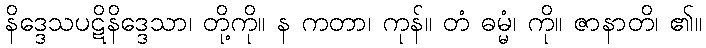
နိဒ္ဒေသပဋိနိဒ္ဒေသာ၊ တို့ကို။ န ကတာ၊ ကုန်။ တံ ဓမ္မံ၊ ကို။ ဇာနာတိ၊ ၏။